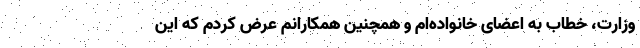
وزارت،‌ خطاب به اعضای خانواده‌ام و همچنین همکارانم عرض کردم که این